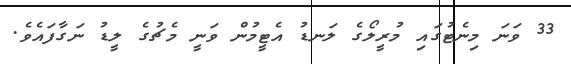
33 ވަނަ މިނެޓުގައި މުރީލޯގެ ލަނޑު އެޓީމުން ވަނީ މެޗުގެ ލީޑު ނަގާފައެވެ.